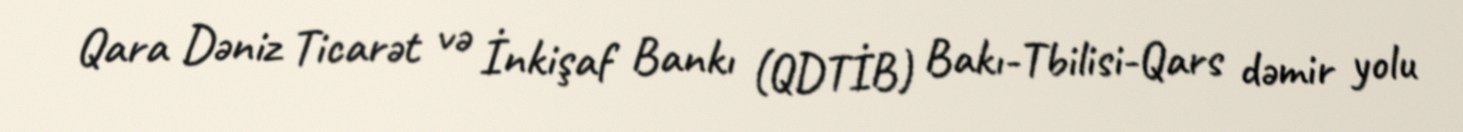
Qara Dəniz Ticarət və İnkişaf Bankı (QDTİB) Bakı-Tbilisi-Qars dəmir yolu